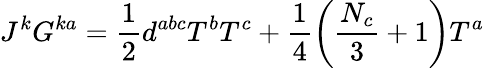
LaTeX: J^{k}G^{ka}=\frac 12d^{abc}T^{b}T^{c}+\frac 14\left(\frac{N_{c}}3+1\right)T^{a}